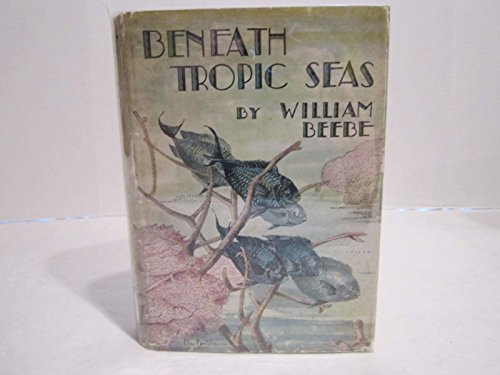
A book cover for Beneath tropic seas, A record of diving among the coral reefs of Haiti,; William Beebe; Travel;